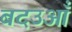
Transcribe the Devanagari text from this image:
बदउआँ